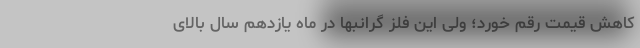
کاهش قیمت رقم خورد؛‌ ولی این فلز گرانبها در ماه یازدهم سال بالای